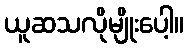
ယူဆသလိုမျိုးပေါ့။